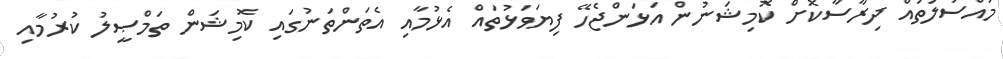
މައްސަލަތައް ދިރާސާކޮށް ކޮމިޝަނުން އަޅަންޖެހޭ ފިޔަވަޅުތައް އެޅުމާއި އެތަންތަނުގައި ކޮމިޝަން ތަމްޞީލު ކުރުމާއި